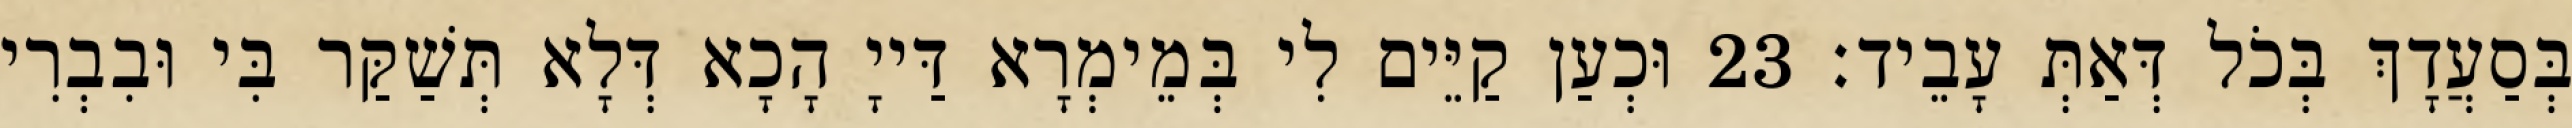
בְּסַעֲדָךְ בְּכֹל דְּאַתְּ עָבֵיד׃ 23 וּכְעַן קַיֵּים לִי בְּמֵימְרָא דַּייָ הָכָא דְּלָא תְּשַׁקַּר בִּי וּבִבְרִי